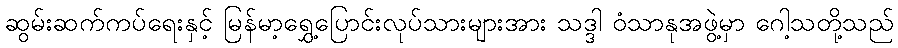
ဆွမ်းဆက်ကပ်ရေးနှင့် မြန်မာ့ရွှေ့ပြောင်းလုပ်သားများအား သဒ္ဒါ ဝံသာနုအဖွဲ့မှာ ဂေါ့သတို့သည်